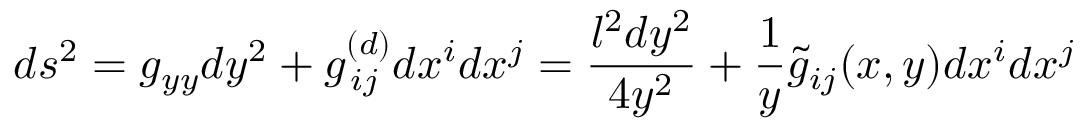
d s ^ { 2 } = g _ { y y } d y ^ { 2 } + g _ { \, i j } ^ { ( d ) } d x ^ { i } d x ^ { j } = { \frac { l ^ { 2 } d y ^ { 2 } } { 4 y ^ { 2 } } } + { \frac { 1 } { y } } \tilde { g } _ { i j } ( x , y ) d x ^ { i } d x ^ { j } \,